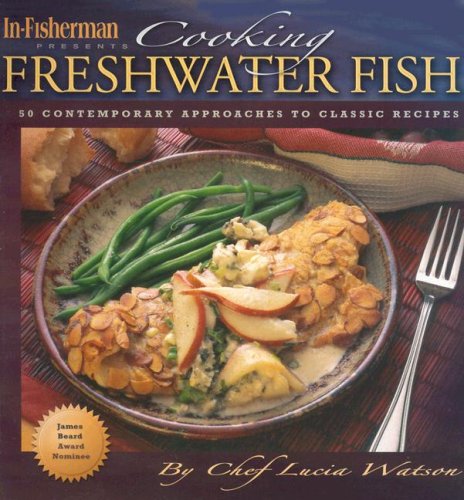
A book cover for In-Fisherman Cooking Freshwater Fish Cookbook; Lucia Watson; Cookbooks, Food & Wine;